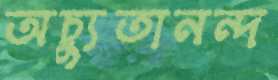
অচ্যুতানন্দ